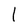
Character: l